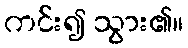
ကင်း၍ သွား၏။